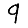
Digit: 9